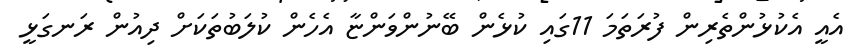
އެއީ އެކުޅުންތެރިން ފުރަތަމަ 11ގައި ކުޅެން ބޭނުންވަންޏާ އެހެން ކުލަބުތަކަށް ދިއުން ރަނގަޅީ